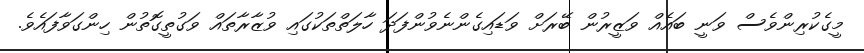
މީގެކުރިންވެސް ވަނީ ބައެއް ވަޒީރުން ބޭރަށް ވަޑައިގެންނެވުންފަދަ ހާލަތްތަކުގައި ވުޒާރާތައް ވަގުތީގޮތުން ހިންގަވާފައެވެ.